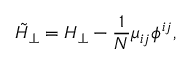
\tilde { H } _ { \perp } = H _ { \perp } - \frac { 1 } { N } \mu _ { i j } \phi ^ { i j } ,